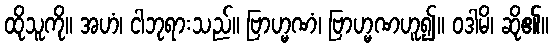
ထိုသူကို။ အဟံ၊ ငါဘုရားသည်။ ဗြာဟ္မဏံ၊ ဗြာဟ္မဏဟူ၍။ ဝဒါမိ၊ ဆို၏။